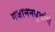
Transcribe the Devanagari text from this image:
गजाननबुवांचे